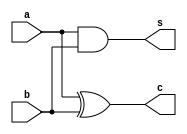
// half_adder behaviour model
module Half_adder_be(a, b, c, s);
    input a,b;
    output c,s;
    reg c,s;
    always @(a,b)
    begin
    c=a^b;
    s=a&b;
    end
endmodule